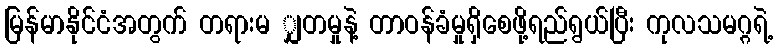
မြန်မာနိုင်ငံအတွက် တရားမ ျှတမှုနဲ့ တာဝန်ခံမှုရှိစေဖို့ရည်ရွယ်ပြီး ကုလသမဂ္ဂရဲ့